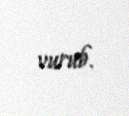
vurub.